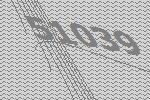
51039